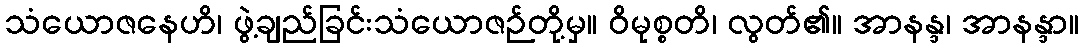
သံယောဇနေဟိ၊ ဖွဲ့ချည်ခြင်းသံယောဇဉ်တို့မှ။ ဝိမုစ္စတိ၊ လွတ်၏။ အာနန္ဒ၊ အာနန္ဒာ။